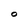
Character: O